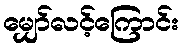
မျှော်လင့်ကြောင်း